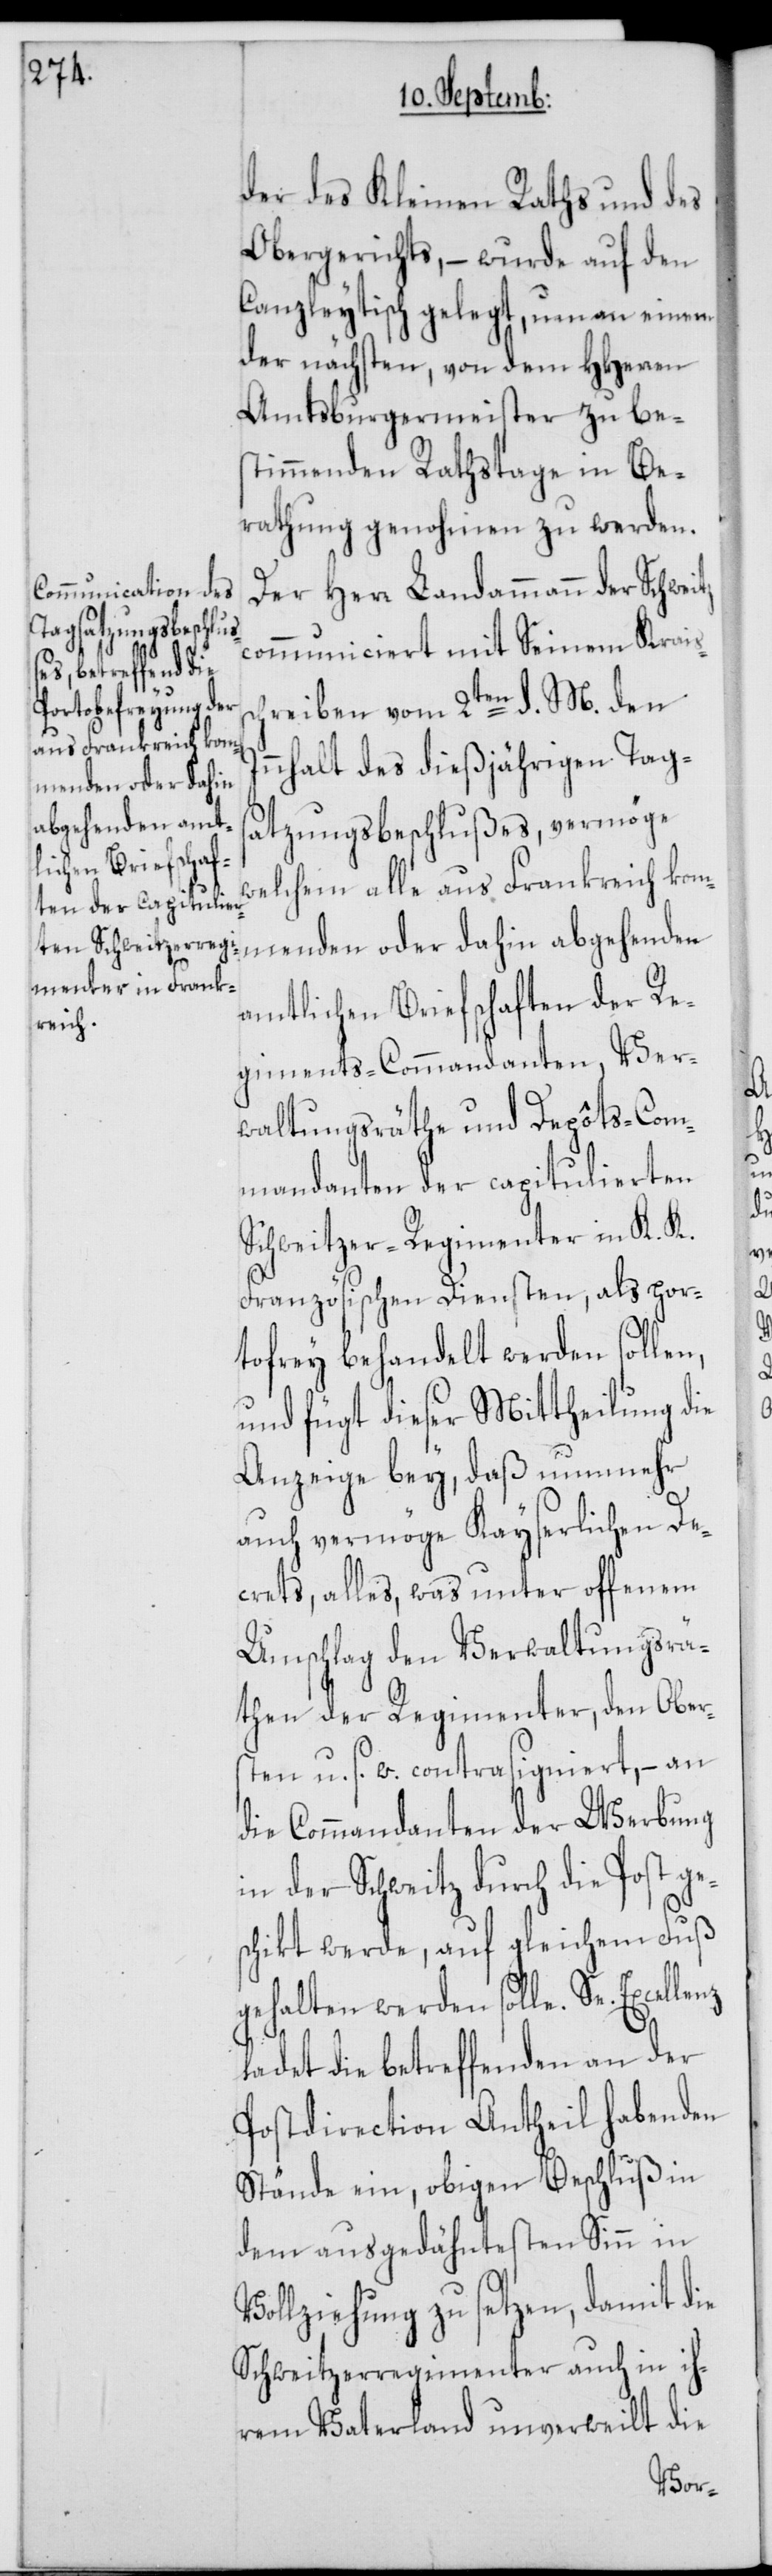
der des Kleinen Raths und des
Obergerichts, – wurde auf den
Canzleytisch gelegt, um an einem
der nächsten, von dem HHerren
Amtsburgermeister zu bes¬
timmenden Rathstage in Be¬
rathung genohmen zu werden.
Der Herr Landammann der
communiciert mit Seinem Krais¬
reiben vom 2ten d. M. den
nhalt des dießjährigen Tag¬
menden oder dahin
abgehenden a¬
satzungsbeschlußes, vermöge
welchem alle aus Frankreich kom¬
mtlichen Briefschaften der Re¬
giments-Commandanten, Ver¬
waltungsräthe und Depôts-Com¬
mandanten der capitulierten
Schweitzer-Regimenter in K. K.
Französischen Diensten, als por¬
tofrey behandelt werden sollen,
und fügt dieser Mittheilung die
Anzeige bey, daß nunmehr
auch vermöge Kayserlichen De¬
crets, alles, was unter offenem
Umschlag den Verwaltungsrä¬
then der Regimenter, den Ober¬
sten u. s. w. contrasigniert, – an
die Commandanten der Werbung
in der Schweitz durch die Post ge¬
schikt werde, auf gleichem Fuß
gehalten werden solle. Se.
ladet die betreffenden an der
Postdirection Antheil habenden
Stände ein, obigen Beschluß in
dem ausgedähntesten Sinn in
Vollziehung zu setzen, damit die
Schweitzerregimenter auch in ih¬
rem Vaterland unverweilt die
In¬